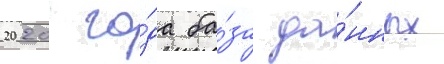
2020 го́да ба́за да́нных